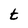
Character: t